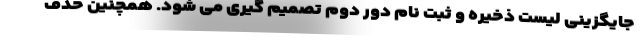
جایگزینی لیست ذخیره و ثبت نام دور دوم تصمیم گیری می شود. همچنین حذف